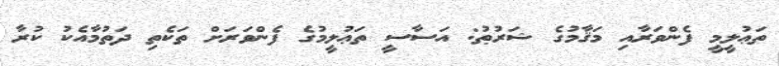
ތަޢުލީމީ ފެންވަރާއި މަޤާމުގެ ޝަރުޠު: އަސާސީ ތަޢުލީމުގެ ފެންވަރަށް ތަކެތި ދަތުމާއެކު ކުރާ